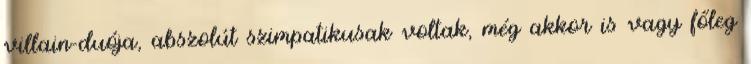
villain-duója, abszolút szimpatikusak voltak, még akkor is vagy főleg